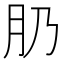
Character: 𱼁